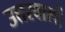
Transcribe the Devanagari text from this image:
उत्तरवालों